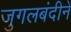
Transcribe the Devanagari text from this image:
जुगलबंदीने